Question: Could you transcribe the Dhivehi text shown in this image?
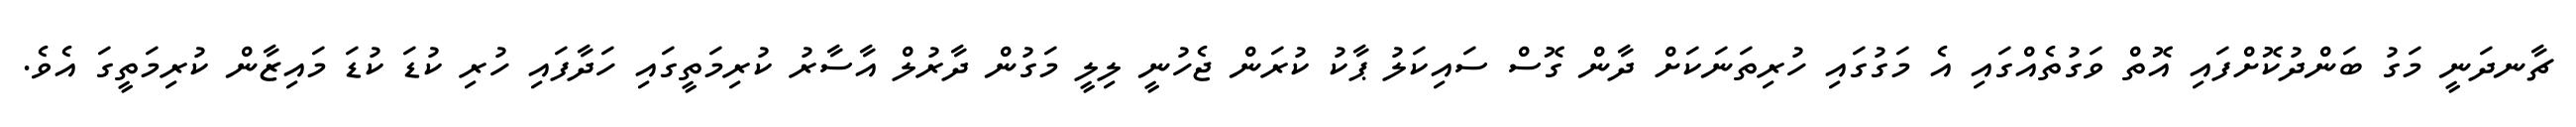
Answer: ޗާނދަނީ މަގު ބަންދުކޮށްފައި އޮތް ވަގުތެއްގައި އެ މަގުގައި ހުރިތަނަކަށް ދާން ގޮސް ސައިކަލު ޕާކު ކުރަން ޖެހުނީ ލިލީ މަގުން ދާރުލް އާސާރު ކުރިމަތީގައި ހަދާފައި ހުރި ކުޑަ ކުޑަ މައިޒާން ކުރިމަތީގަ އެވެ.